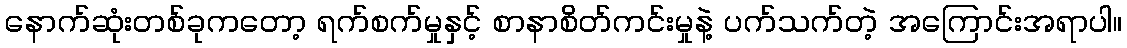
နောက်ဆုံးတစ်ခုကတော့ ရက်စက်မှုနှင့် စာနာစိတ်ကင်းမှုနဲ့ ပက်သက်တဲ့ အကြောင်းအရာပါ။